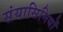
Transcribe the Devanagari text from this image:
संयासिनियों